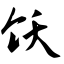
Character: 饫